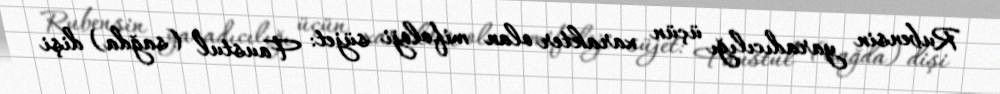
Rubensin yaradıcılığı üçün xarakter olan mifoloji süjet: Faustul (sağda) dişi